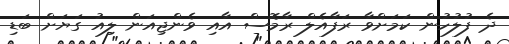
ދެ ފުލުހުން ކަމަށްވާ ރަފާއެލް ރާމޮސް އާއި ވެންޖިއަން ލިއު ގަޔަށް ބަޑި